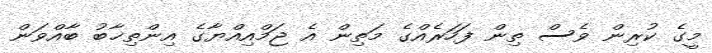
މީގެ ކުރިން ވެސް ތިން ފަހަރެއްގެ މަތިން އެ ޖަމްއިއްޔާގެ އިންތިޚާބު ބާއްވަން